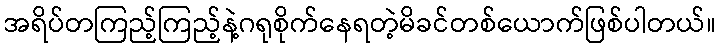
အရိပ်တကြည့်ကြည့်နဲ့ဂရုစိုက်နေရတဲ့မိခင်တစ်ယောက်ဖြစ်ပါတယ်။